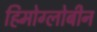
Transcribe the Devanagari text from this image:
हिमोग्लोबीन